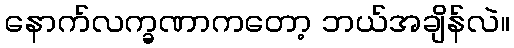
နောက်လက္ခဏာကတော့ ဘယ်အချိန်လဲ။